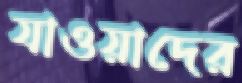
যাওয়াদের